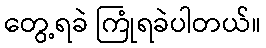
တွေ့ရခဲ ကြုံရခဲပါတယ်။